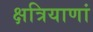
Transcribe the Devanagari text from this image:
क्षत्रियाणां